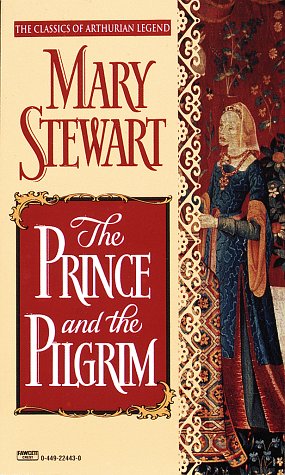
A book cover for The Prince and the Pilgrim (Arthurian Saga, Book 5); Mary Stewart; Science Fiction & Fantasy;